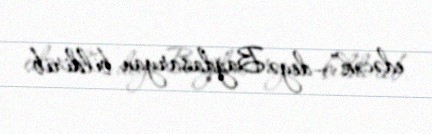
edəcək”,-deyə Bağdasaryan bildirib.